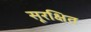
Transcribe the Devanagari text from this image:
सूरक्षित